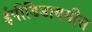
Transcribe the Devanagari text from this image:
ईपीडिडायमीस